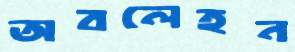
অবলেহন